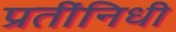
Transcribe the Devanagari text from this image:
प्रतींनिधी